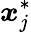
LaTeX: \boldsymbol{x}_{j}^{*}